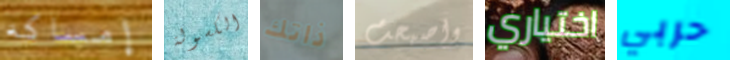
إمساكه الكسولة ذاتك واصبحت اختياري حربي